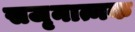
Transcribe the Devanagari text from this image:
सजृनात्मक